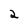
Character: 2